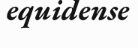
equidense